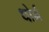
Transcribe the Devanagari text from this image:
धोर्न